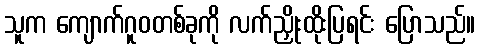
သူက ကျောက်ဂူဝတစ်ခုကို လက်ညှိုးထိုးပြရင်း ပြောသည်။